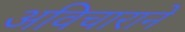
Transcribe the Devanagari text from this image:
अविचाराने